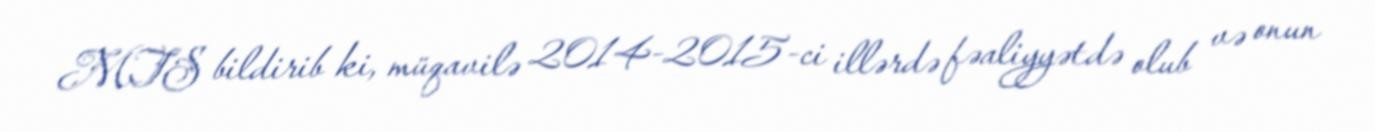
MTS bildirib ki, müqavilə 2014-2015-ci illərdə fəaliyyətdə olub və onun